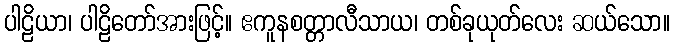
ပါဠိယာ၊ ပါဠိတော်အားဖြင့်။ ဧကူနစတ္တာလီသာယ၊ တစ်ခုယုတ်လေး ဆယ်သော။